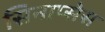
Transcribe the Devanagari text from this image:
सिनाप्सेस